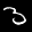
Label: 3